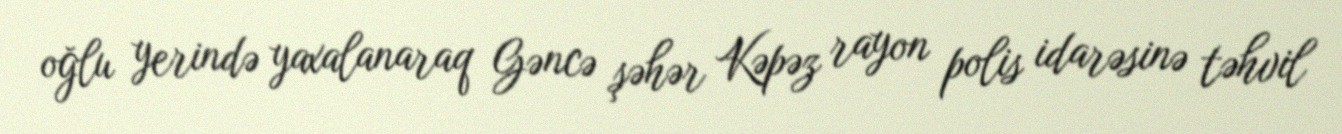
oğlu yerində yaxalanaraq Gəncə şəhər Kəpəz rayon polis idarəsinə təhvil